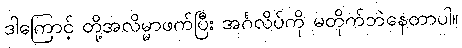
ဒါကြောင့် တို့အလိမ္မာဖက်ပြီး အင်္ဂလိပ်ကို မတိုက်ဘဲနေတာပါ။